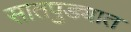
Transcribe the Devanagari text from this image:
सातपुड्यात